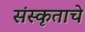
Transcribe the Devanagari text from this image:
संस्कृताचे